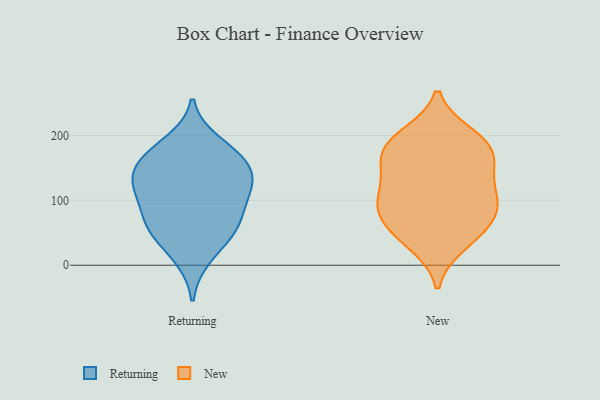
{"axis": {"x": "Net Income (USD K)", "y": "Value"}, "legend": ["New", "Returning"], "data": [{"x": "", "y": 157, "type": "Returning"}, {"x": "", "y": 13, "type": "Returning"}, {"x": "", "y": 80, "type": "Returning"}, {"x": "", "y": 62, "type": "Returning"}, {"x": "", "y": 116, "type": "Returning"}, {"x": "", "y": 117, "type": "Returning"}, {"x": "", "y": 188, "type": "Returning"}, {"x": "", "y": 132, "type": "Returning"}, {"x": "", "y": 120, "type": "Returning"}, {"x": "", "y": 163, "type": "Returning"}, {"x": "", "y": 54, "type": "Returning"}, {"x": "", "y": 54, "type": "Returning"}, {"x": "", "y": 165, "type": "Returning"}, {"x": "", "y": 105, "type": "New"}, {"x": "", "y": 100, "type": "New"}, {"x": "", "y": 199, "type": "New"}, {"x": "", "y": 33, "type": "New"}, {"x": "", "y": 147, "type": "New"}, {"x": "", "y": 191, "type": "New"}, {"x": "", "y": 47, "type": "New"}, {"x": "", "y": 142, "type": "New"}, {"x": "", "y": 97, "type": "New"}, {"x": "", "y": 177, "type": "New"}, {"x": "", "y": 88, "type": "New"}, {"x": "", "y": 187, "type": "New"}, {"x": "", "y": 78, "type": "New"}, {"x": "", "y": 54, "type": "New"}, {"x": "", "y": 162, "type": "New"}]}